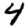
Digit: 4